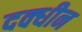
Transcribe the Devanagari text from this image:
दक्धीन